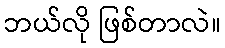
ဘယ်လို ဖြစ်တာလဲ။